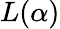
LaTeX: L(\alpha)